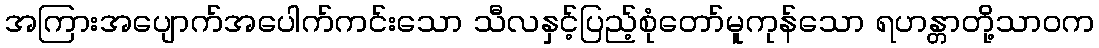
အကြားအပျောက်အပေါက်ကင်းသော သီလနှင့်ပြည့်စုံတော်မူကုန်သော ရဟန္တာတို့သာဝက